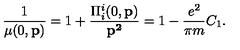
\frac { 1 } { \mu ( 0 , { \bf p } ) } = 1 + \frac { \Pi _ { i } ^ { i } ( 0 , { \bf p } ) } { { \bf p ^ { 2 } } } = 1 - \frac { e ^ { 2 } } { \pi m } C _ { 1 } .